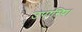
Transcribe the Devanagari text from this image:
उपास्थि।